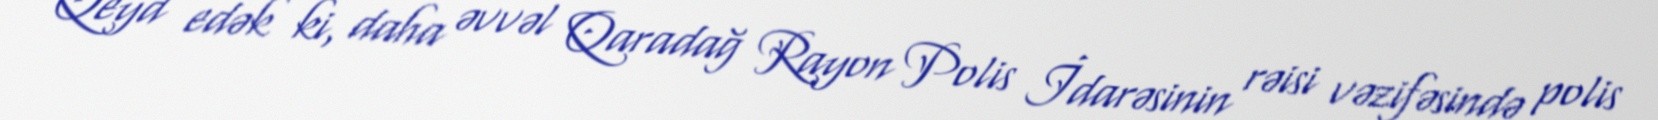
Qeyd edək ki, daha əvvəl Qaradağ Rayon Polis İdarəsinin rəisi vəzifəsində polis